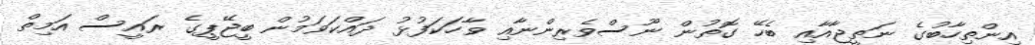
އިންތިހާބުގެ ނަތީޖާއާއި ބެހޭ ގޮތުން ނޫސްވެރިންނާއި ވާހަކަފުޅު ދައްކަވަމުން ބީޖޭޕީގެ ރައީސް އަމިތް